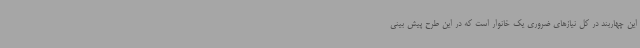
این چهاربند در کل نیازهای ضروری یک خانوار است که در این طرح پیش بینی